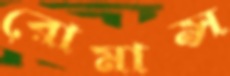
রোমান্স